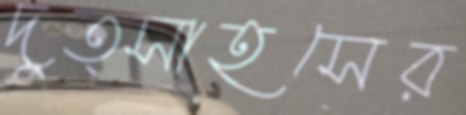
দুত্সাহসের